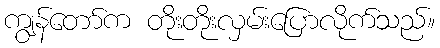
ကျွန်တော်က တိုးတိုးလှမ်းပြောလိုက်သည်။